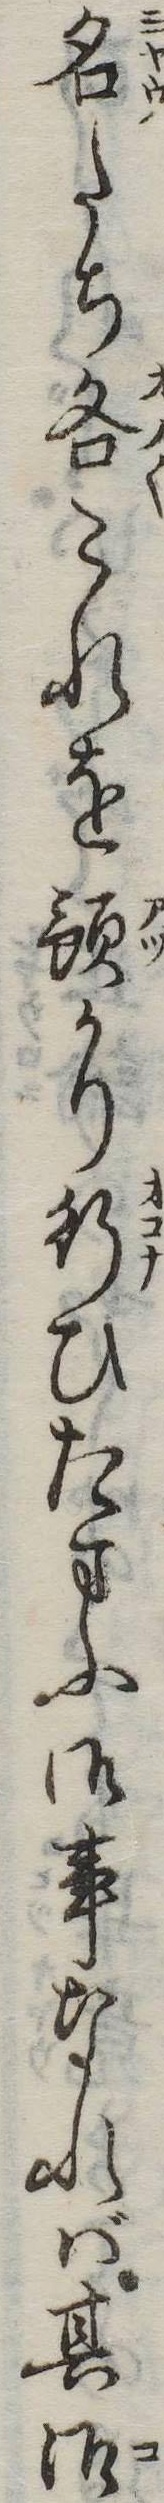
名たち各これを預かり行ひたまふ御事なれば其御